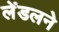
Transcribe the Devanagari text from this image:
लेंडलने